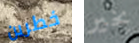
خطرين بخير